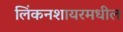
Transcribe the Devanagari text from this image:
लिंकनशायरमधील